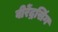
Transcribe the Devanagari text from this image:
वीरेंद्रसिंग